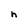
Character: h